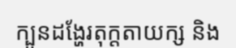
ក្បួនដង្ហែរតុក្តតាយក្ស និង